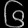
Digit: ၆